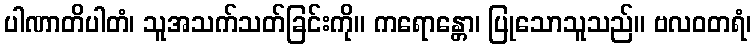
ပါဏာတိပါတံ၊ သူအသက်သတ်ခြင်းကို။ ကရောန္တော၊ ပြုသောသူသည်။ ဗလဝတရံ၊